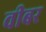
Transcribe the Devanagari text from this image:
वीबर